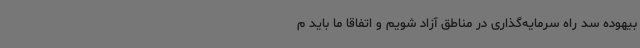
بیهوده سد راه سرمایه‌گذاری در مناطق آزاد شویم و اتفاقاً ما باید م